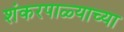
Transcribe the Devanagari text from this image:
शंकरपाळ्याच्या